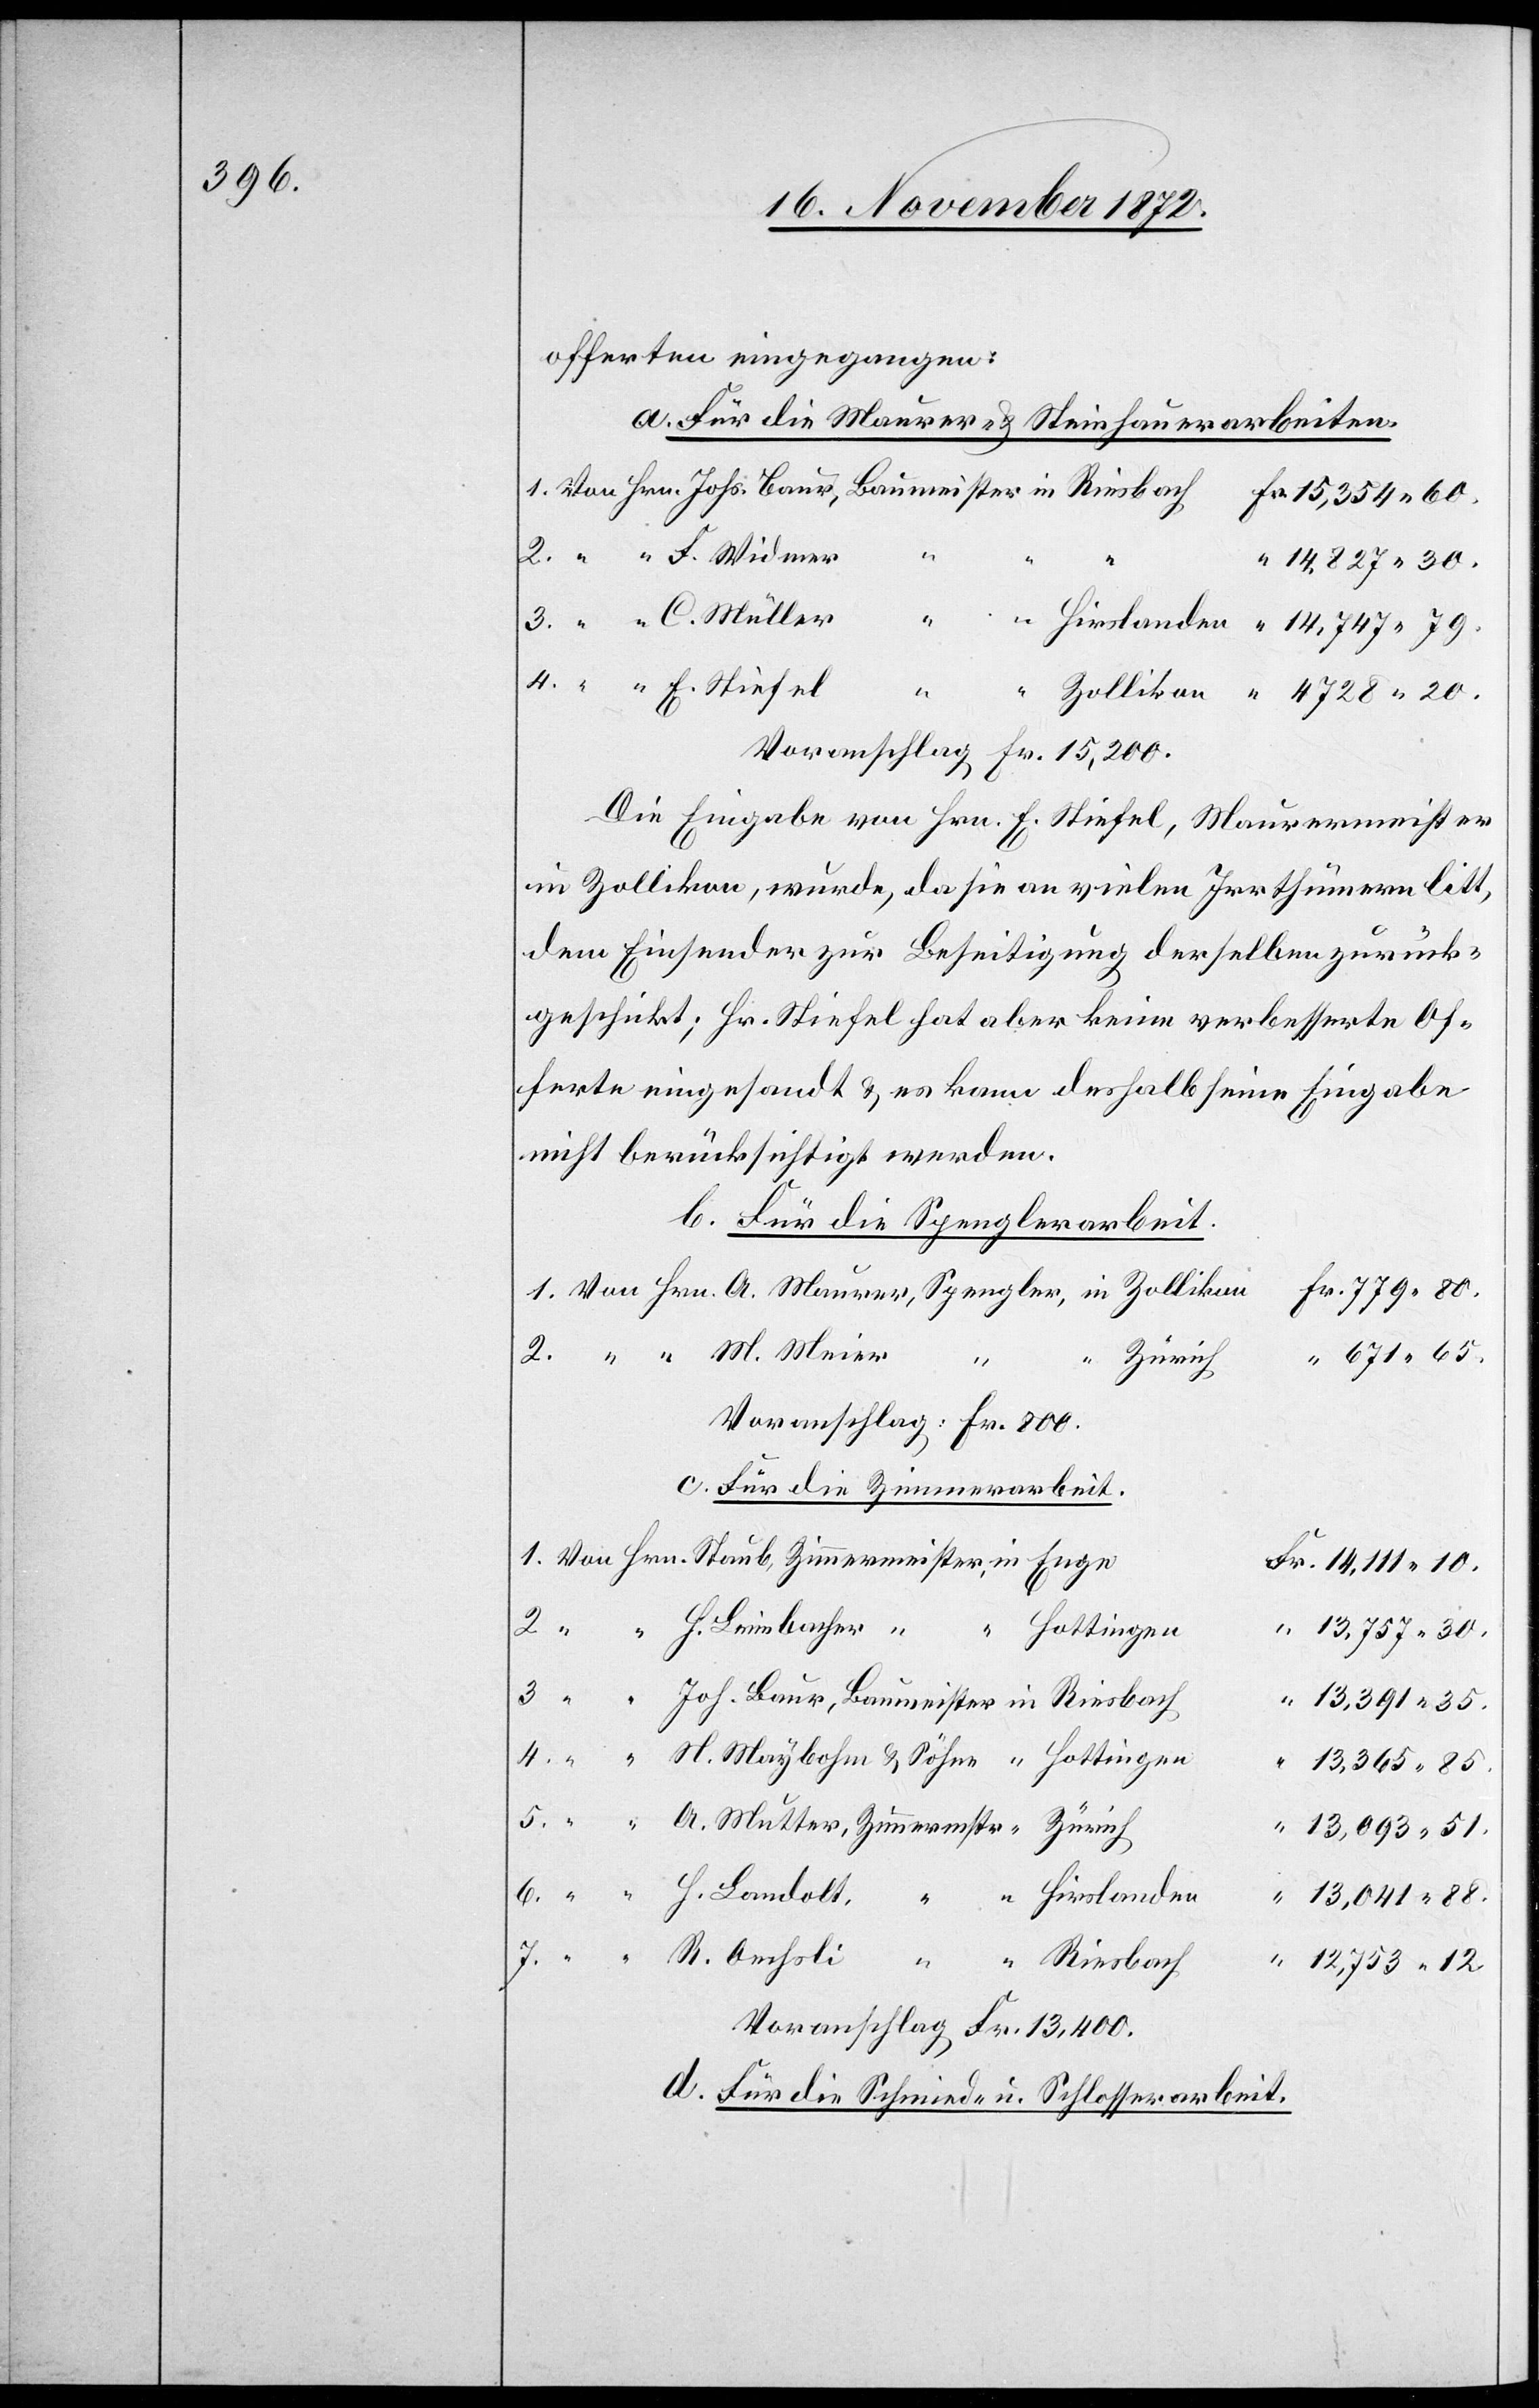
offerten eingegangen:
a. Für die Maurer- u. Steinhauerarbeiten.
14,827 30.
Voranschlag Fr. 15,200.
Die Eingabe von Hrn. E. Stiefel, Maurermeister
in Zollikon, wurde, da sie an vielen Irrthümern litt,
dem Einsender zur Beseitigung derselben zurück¬
geschickt; Hr. Stiefel hat aber keine verbesserte Of¬
ferte eingesandt u. es kann deshalb seine Eingabe
nicht berücksichtigt werden.
b. Für die Spenglerarbeit.
R.
Zürich
7.
Voranschlag: Fr. 800.
c. Für die Zimmerarbeit.
Hottingen
13,757 30.
13,391 35.
13,365 85.
13,093 51.
6.
13,041 88.
12,753 12.
Voranschlag Fr. 13,400.
d. Für die Schmied- u. Schlosserarbeit.